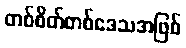
တစ်စိတ်တစ်ဒေသအဖြစ်